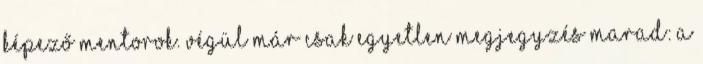
képező mentorok. Végül már csak egyetlen megjegyzés marad: a